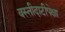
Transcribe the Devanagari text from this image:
वस्तीदाटीपेक्षा